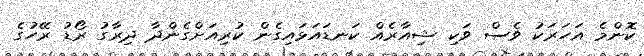
ކޮންމެ އަހަރަކު ވެސް ވަކި ޝިއާރެއް ކަނޑައަޅައިގެން ކުރިއަށްގެންދާ ދިރާގު ރޯޑު ރޭހުގެ